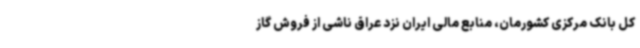
کل بانک مرکزی کشورمان، منابع مالی ایران نزد عراق ناشی از فروش گاز